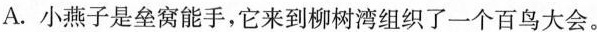
A.小燕子是垒窝能手，它来到柳树湾组织了一个百鸟大会。